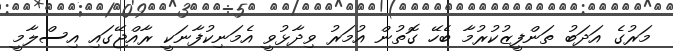
މަރުގެ އަދަބު ތަންފީޒުކުރުމާ ބެހޭ ގޮތުން އުމަރު ވިދާޅުވީ އެމަނިކުފާނަކީ ރާއްޖޭގައި އިސްލާމީ